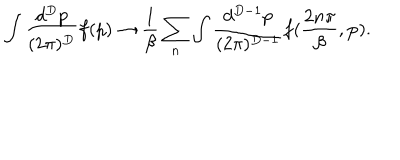
\int \frac { d ^ { D } p } { ( 2 \pi ) ^ { D } } f ( p ) \rightarrow \frac { 1 } { \beta } \sum _ { n } \int \frac { d ^ { D - 1 } p } { ( 2 \pi ) ^ { D - 1 } } f ( \frac { 2 n \pi } { \beta } , { \bf p } ) .